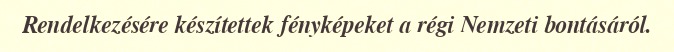
Rendelkezésére készítettek fényképeket a régi Nemzeti bontásáról.